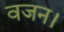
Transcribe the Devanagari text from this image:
वजन।